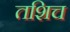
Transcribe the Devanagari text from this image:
तशिच